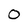
Character: 0